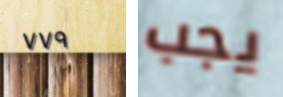
٧٧٩ يجب